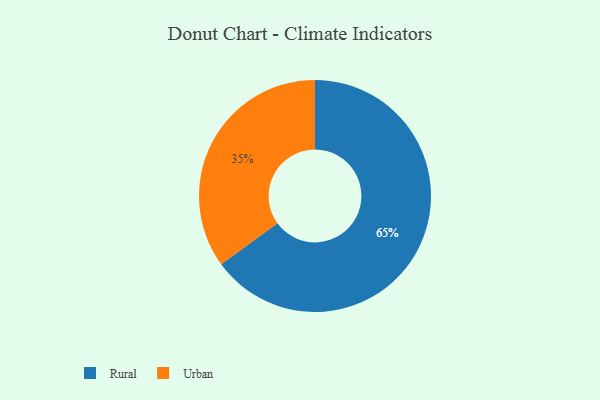
{"axis": {"x": "Category", "y": "Percentage"}, "legend": ["Rural", "Urban"], "data": [{"x": "Urban", "y": 35, "type": "Urban"}, {"x": "Rural", "y": 65, "type": "Rural"}]}